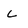
Character: L